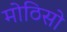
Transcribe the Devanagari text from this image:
मोठिसो